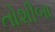
તોશીબા